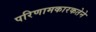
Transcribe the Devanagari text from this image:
परिणामकारकतेने